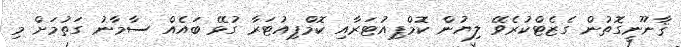
ޤާނޫނީގޮތުން ގެޒެޓްކުރެވޭ ލިޔުން ކޮމްޕިއުޓަރާއި ކޮމްޕިއުޓަރާ ގުޅޭ ބައެއް ސާމާނު ގަތުމަށް މި